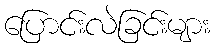
ပြောင်းလဲခြင်းများ